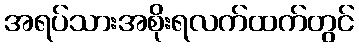
အရပ်သားအစိုးရလက်ထက်တွင်